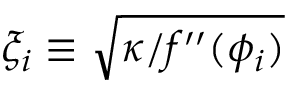
\xi _ { i } \equiv \sqrt { \kappa / f ^ { \prime \prime } ( \phi _ { i } ) }